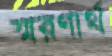
স্মরণার্থ